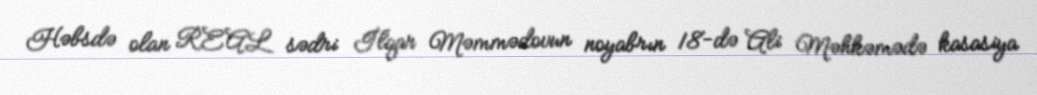
Həbsdə olan REAL sədri İlqar Məmmədovun noyabrın 18-də Ali Məhkəmədə kasasiya